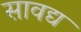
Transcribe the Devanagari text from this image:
सावद्य